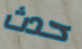
حدث